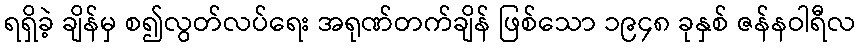
ရရှိခဲ့ ချိန်မှ စ၍လွတ်လပ်ရေး အရုဏ်တက်ချိန် ဖြစ်သော ၁၉၄၈ ခုနှစ် ဇန်နဝါရီလ